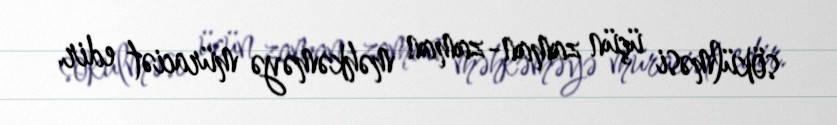
sökülməsi üçün zaman-zaman məhkəməyə müraciət edir.